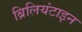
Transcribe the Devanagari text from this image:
ब्रिलियंटाइन